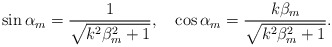
\begin{align*}\sin \alpha _{m}=\frac{1}{\sqrt{k^{2}\beta _{m}^{2}+1}},\quad \cos \alpha_{m}=\frac{k\beta _{m}}{\sqrt{k^{2}\beta _{m}^{2}+1}}. \end{align*}